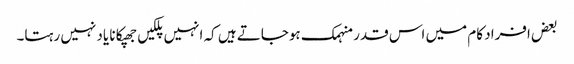
بعض افراد کام میں اس قدر منہمک ہوجاتے ہیں کہ انہیں پلکیں جھپکانا یاد نہیں رہتا۔